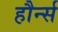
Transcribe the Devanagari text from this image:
हौर्न्स